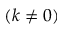
( k \neq 0 )